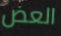
العض